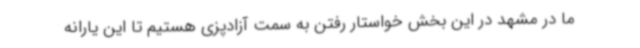
ما در مشهد در این بخش خواستار رفتن به سمت آزادپزی هستیم تا این یارانه